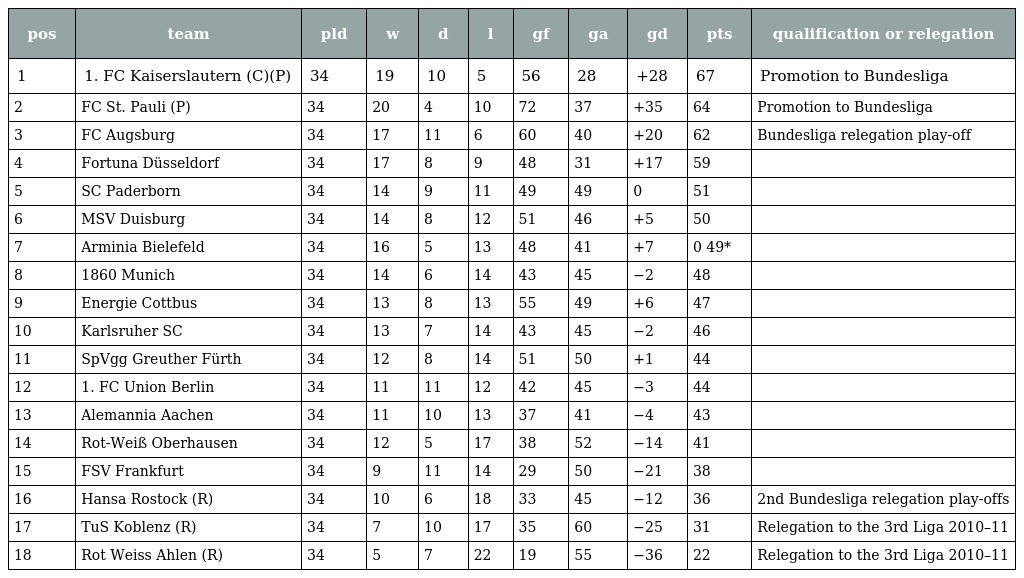
| pos | team | pld | w | d | l | gf | ga | gd | pts | qualification or relegation |
 | --- | --- | --- | --- | --- | --- | --- | --- | --- | --- | --- |
 | 1 | 1. FC Kaiserslautern (C)(P) | 34 | 19 | 10 | 5 | 56 | 28 | +28 | 67 | Promotion to Bundesliga |
 | 2 | FC St. Pauli (P) | 34 | 20 | 4 | 10 | 72 | 37 | +35 | 64 | Promotion to Bundesliga |
 | 3 | FC Augsburg | 34 | 17 | 11 | 6 | 60 | 40 | +20 | 62 | Bundesliga relegation play-off |
 | 4 | Fortuna Düsseldorf | 34 | 17 | 8 | 9 | 48 | 31 | +17 | 59 |  |
 | 5 | SC Paderborn | 34 | 14 | 9 | 11 | 49 | 49 | 0 | 51 |  |
 | 6 | MSV Duisburg | 34 | 14 | 8 | 12 | 51 | 46 | +5 | 50 |  |
 | 7 | Arminia Bielefeld | 34 | 16 | 5 | 13 | 48 | 41 | +7 | 0 49* |  |
 | 8 | 1860 Munich | 34 | 14 | 6 | 14 | 43 | 45 | −2 | 48 |  |
 | 9 | Energie Cottbus | 34 | 13 | 8 | 13 | 55 | 49 | +6 | 47 |  |
 | 10 | Karlsruher SC | 34 | 13 | 7 | 14 | 43 | 45 | −2 | 46 |  |
 | 11 | SpVgg Greuther Fürth | 34 | 12 | 8 | 14 | 51 | 50 | +1 | 44 |  |
 | 12 | 1. FC Union Berlin | 34 | 11 | 11 | 12 | 42 | 45 | −3 | 44 |  |
 | 13 | Alemannia Aachen | 34 | 11 | 10 | 13 | 37 | 41 | −4 | 43 |  |
 | 14 | Rot-Weiß Oberhausen | 34 | 12 | 5 | 17 | 38 | 52 | −14 | 41 |  |
 | 15 | FSV Frankfurt | 34 | 9 | 11 | 14 | 29 | 50 | −21 | 38 |  |
 | 16 | Hansa Rostock (R) | 34 | 10 | 6 | 18 | 33 | 45 | −12 | 36 | 2nd Bundesliga relegation play-offs |
 | 17 | TuS Koblenz (R) | 34 | 7 | 10 | 17 | 35 | 60 | −25 | 31 | Relegation to the 3rd Liga 2010–11 |
 | 18 | Rot Weiss Ahlen (R) | 34 | 5 | 7 | 22 | 19 | 55 | −36 | 22 | Relegation to the 3rd Liga 2010–11 |